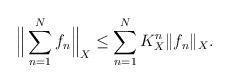
LaTeX: \begin{align*}\Big\|\sum_{n=1}^N f_n\Big\|_X\leq \sum_{n=1}^N K_X^n\|f_n\|_X.\end{align*}